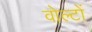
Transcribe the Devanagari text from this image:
वोल्टों